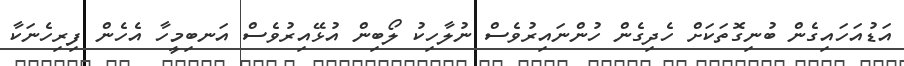
އަޑުއަހައިގެން ބުނިގޮތަކަށް ހެދިގެން ހުންނައިރުވެސް ނުލާހިކު ލޯބިން އުޅޭއިރުވެސް އަނބިމީހާ އެހެން ފިރިހެނަކާ